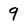
Character: 9